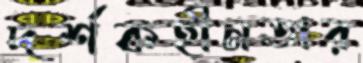
দর্শকহীনতার